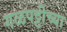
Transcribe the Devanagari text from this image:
गळपट्टीच्या